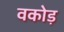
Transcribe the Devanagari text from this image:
वकोड़